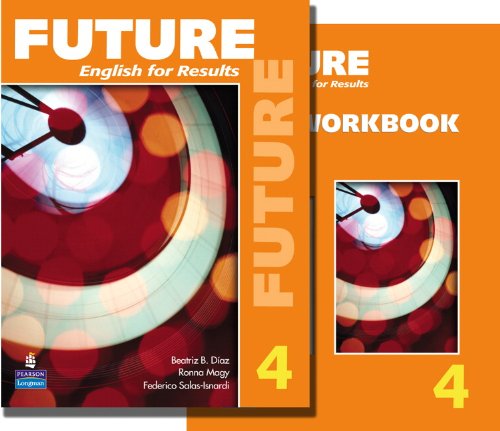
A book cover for Future 4 package: Student Book (with Practice Plus CD-ROM) and Workbook; Jane Curtis; Reference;